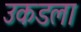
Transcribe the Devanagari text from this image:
उकडला